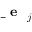
\mathrm { ~ \bf ~ \underline { ~ } { ~ e ~ } ~ } _ { j }